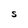
Character: S